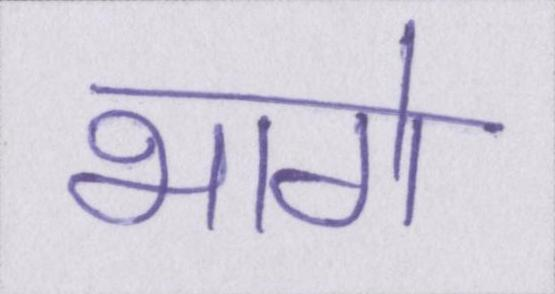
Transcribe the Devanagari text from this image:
भागे